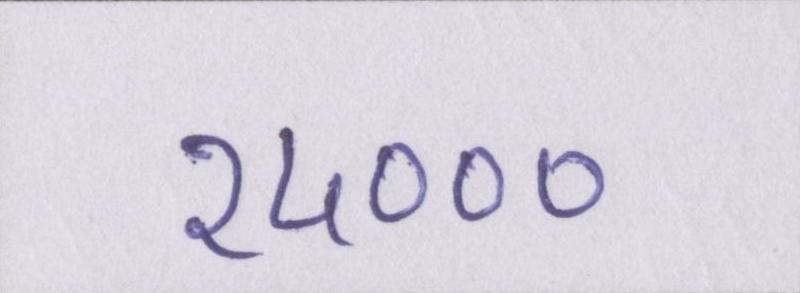
२५०००